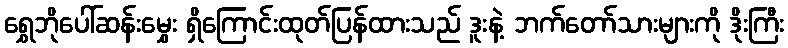
ရွှေဘိုပေါ်ဆန်းမွှေး ရှိကြောင်းထုတ်ပြန်ထားသည် ဒူးနဲ့ ဘက်တော်သားများကို ဒိုးကြီး